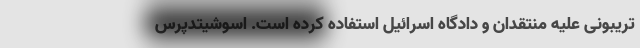
تریبونی علیه منتقدان و دادگاه‌ اسرائیل استفاده کرده است. اسوشیتدپرس